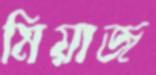
মিয়াজ